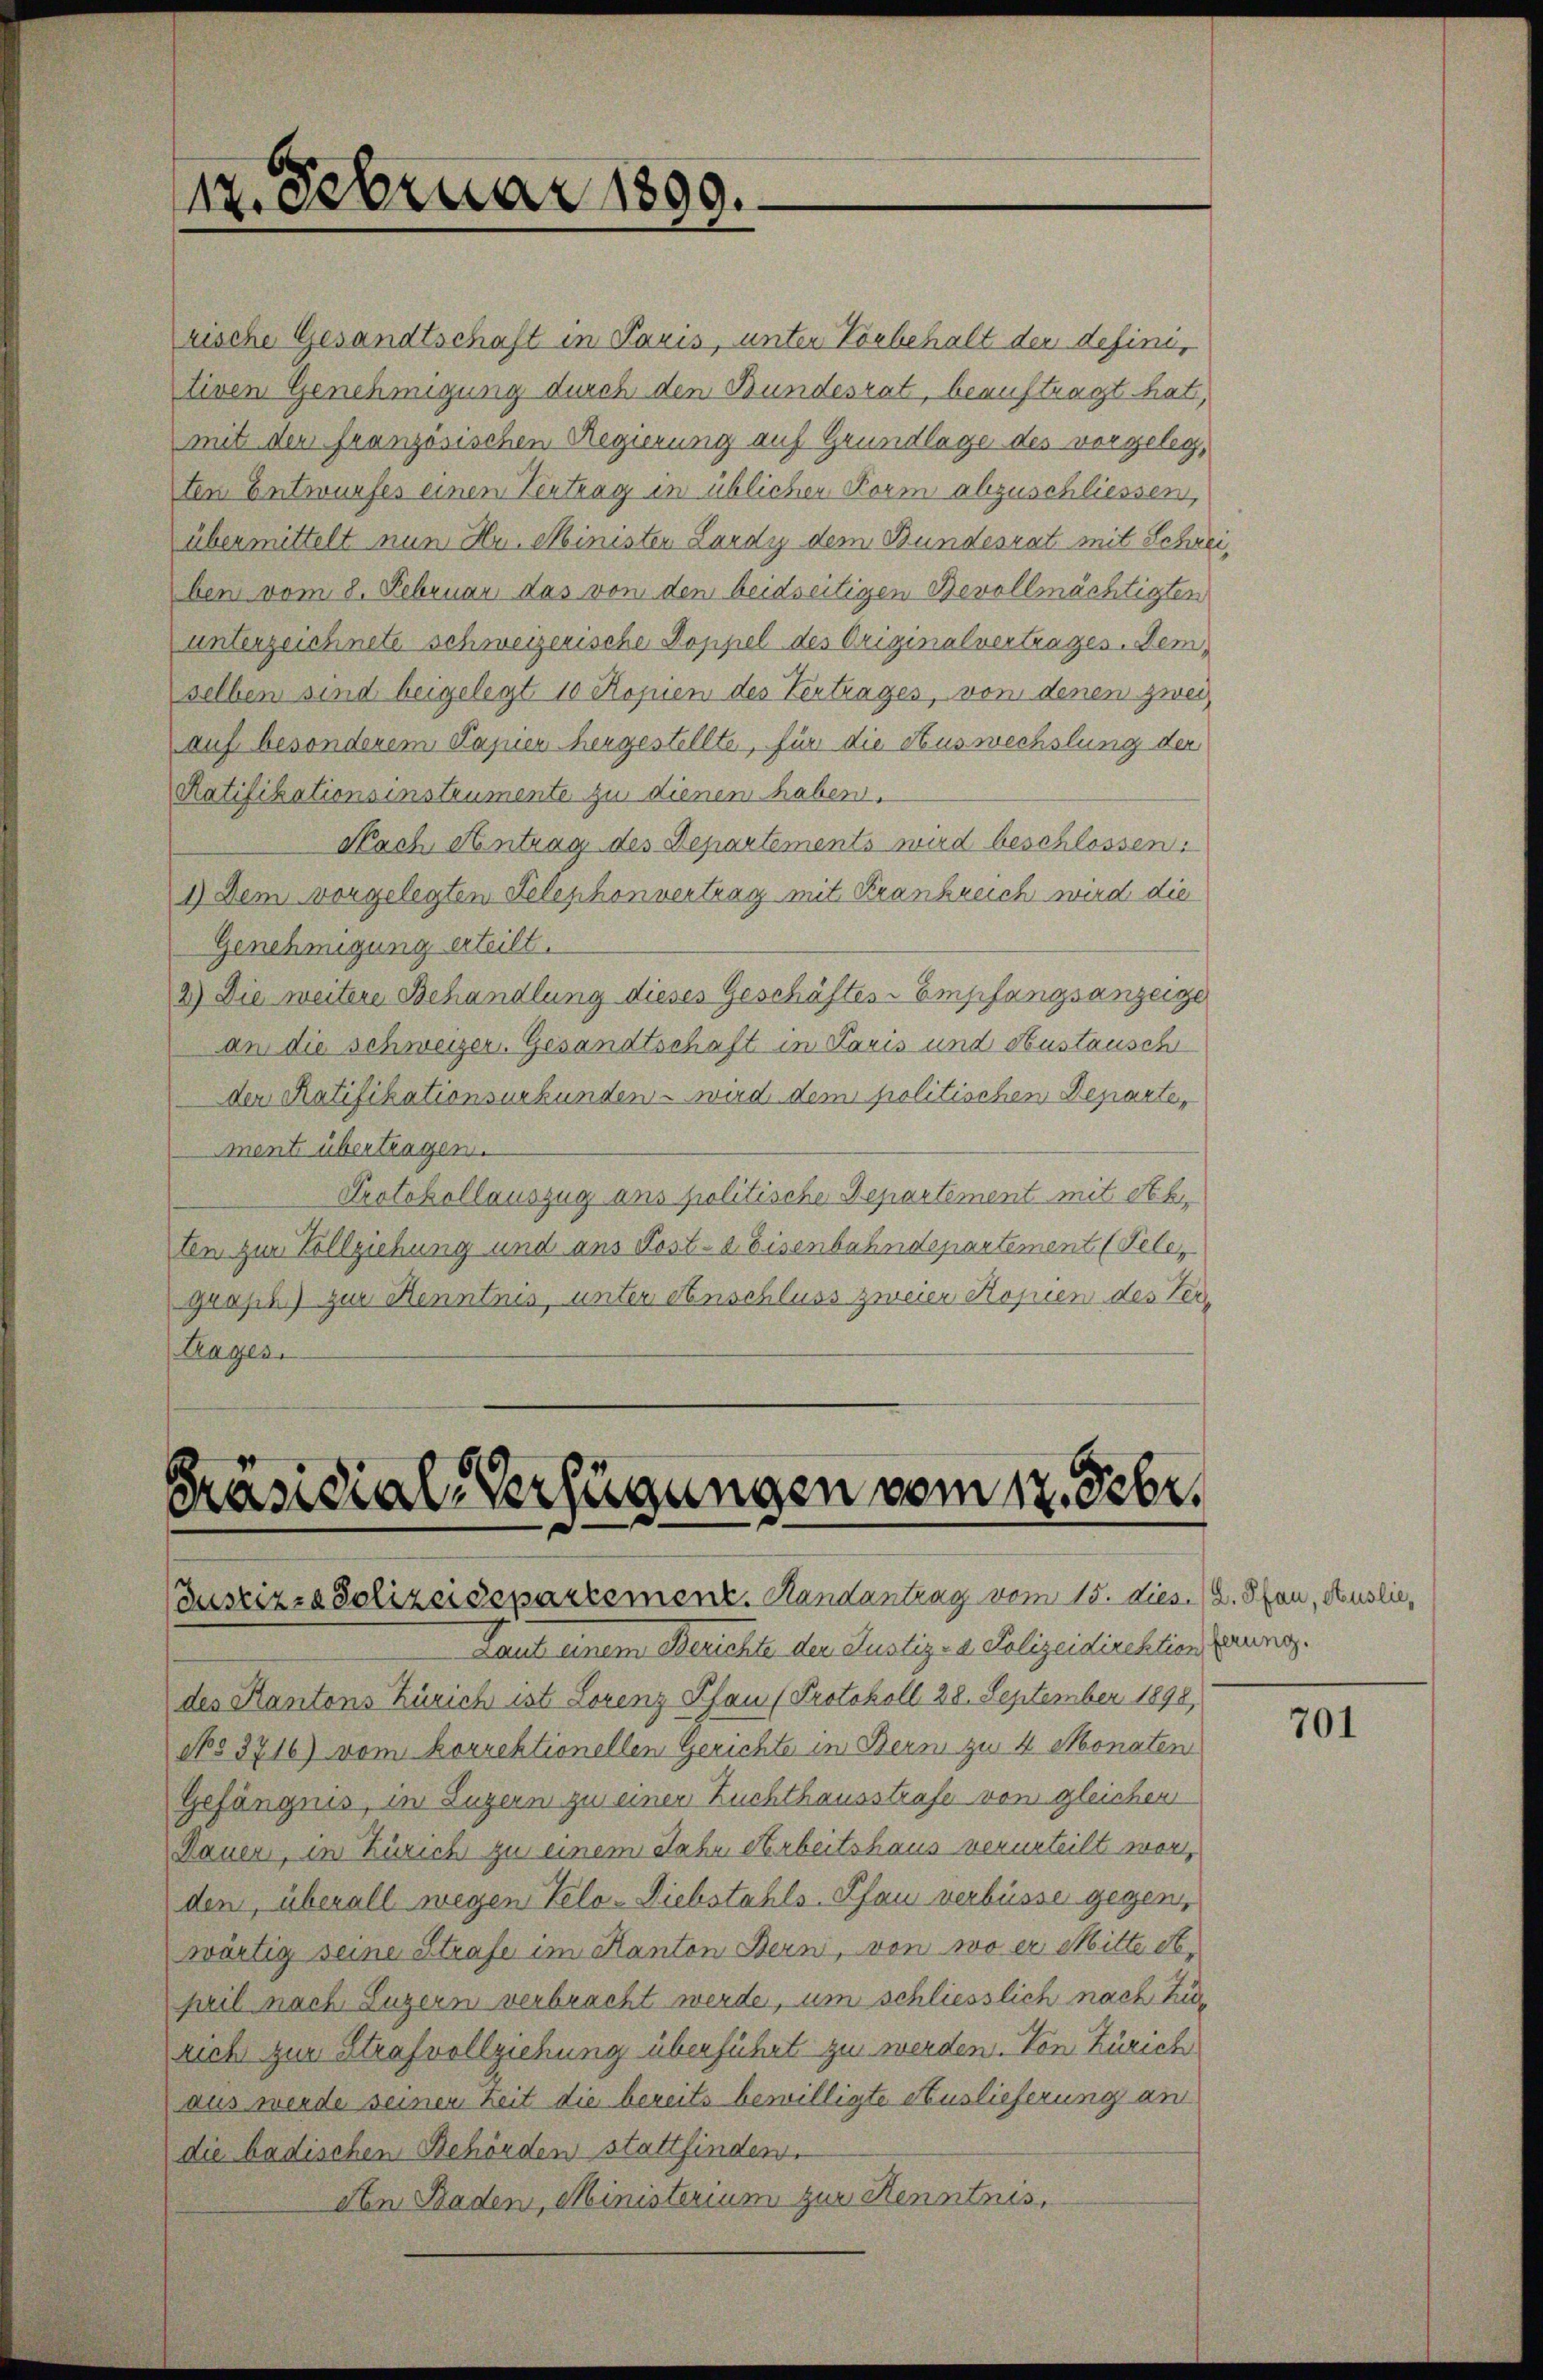
12. Februar 1809.

rische Gesandtschaft in Paris, unter Vorbehalt der definitiven Genehmigung durch den Bundesrat, beauftragt hat,
mit der französischen Regierung auf Grundlage des vorgelegten Entwurfes einen Vertrag in üblichen Form abzuschliessen,
übermittelt nun Hr. Ministen Lardy dem Bundesrat mit Schrei
ben vom 8. Februar das von den beidseitigen Bevollmächtigten
unterzeichnete schweizerische Doppel des Originalvertrages. Demselben sind beigelegt, 10 Kopien des Vertrages, von denen zwei
auf besonderem Papier hergestellte, für die Auswechslung der
Ratifikationsinstrumente zu dienen haben.
Nach Antrag des Departements wird beschlossen:
1.) Dem vorgelegten Telephonvertrag mit Krankreich wird die
Genehmigung erteilt.
2.) Die weitere Behandlung dieses Geschäftes - Empfangsanzeige
an die schweizer. Gesandtschaft in Paris und Austausch
der Ratifikationsurkunden - wird dem politischen Departe,
ment übertragen.
Protokollauszug ans politische Departement mit Seb
ten zur Vollziehung und aus Post-a Eisenbahndepartement (Telegraph.) zur Kenntnis, unter Anschluss zweier Kopien des Ver¬
Trages.

Präsidial-Verfügungen vom 17. Febr.
Justiz- & Polizeisepartement. Handantrag vom 15. dies. (2. Pfan, Auslie¬

Laut einem Berichte den Justiz- & Polizeidirektion ung.
des Kantons Zürich ist Lorenz Schan (Protokoll 28. September 1898,
No 3716) vom korrektionellen Gerichte in Bern zu 4 Monaten
Gefängnis, in Luzern zu einer Zuchthausstrafe von gleichen
Dauer, in Zürich zu einem Jahr Arbeitshaus verurteilt worden, überall wegen Velo-Diebstahls-Pfau verbüsse gegen,
wärtig seine Strafe im Kanton Bern, von wo er Mitte St.
pril nach Luzern verbracht werde, um schliesslich nach Züricht zur Strafvollziehung überführt zu werden. Von Zürich
aus werde seiner Zeit die bereits bewilligte Auslieferung an
die badischen Behörden stattfinden.
An Baden, Ministerium zur Kenntnis,

701